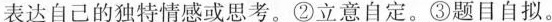
表达自己的独特情感或思考。②立意自定。③题目自拟。